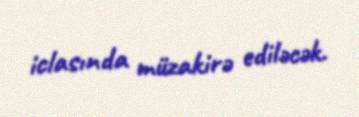
iclasında müzakirə ediləcək.